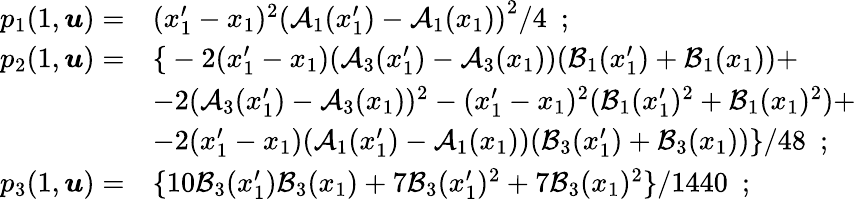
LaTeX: \begin{array}{rl}{p_{1}(1,\boldsymbol{u})=}&{(x_{1}^{\prime}-x_{1})^{2}\left(\mathcal{A}_{1}(x_{1}^{\prime})-\mathcal{A}_{1}(x_{1})\right)^{2}/4\ \ ;}\\ {p_{2}(1,\boldsymbol{u})=}&{\left\{ \right.-2(x_{1}^{\prime}-x_{1})(\mathcal{A}_{3}(x_{1}^{\prime})-\mathcal{A}_{3}(x_{1}))(\mathcal{B}_{1}(x_{1}^{\prime})+\mathcal{B}_{1}(x_{1}))+}\\ &{-2(\mathcal{A}_{3}(x_{1}^{\prime})-\mathcal{A}_{3}(x_{1}))^{2}-(x_{1}^{\prime}-x_{1})^{2}(\mathcal{B}_{1}(x_{1}^{\prime})^{2}+\mathcal{B}_{1}(x_{1})^{2})+}\\ &{-2(x_{1}^{\prime}-x_{1})(\mathcal{A}_{1}(x_{1}^{\prime})-\mathcal{A}_{1}(x_{1}))(\mathcal{B}_{3}(x_{1}^{\prime})+\mathcal{B}_{3}(x_{1}))\} /48\ \ ;}\\ {p_{3}(1,\boldsymbol{u})=}&{\{ 10\mathcal{B}_{3}(x_{1}^{\prime})\mathcal{B}_{3}(x_{1})+7\mathcal{B}_{3}(x_{1}^{\prime})^{2}+7\mathcal{B}_{3}(x_{1})^{2}\} /1440\ \ ;}\end{array}